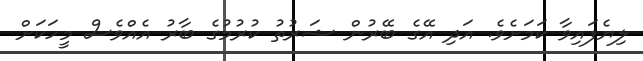
ލިޔެފައިވާ ކަމަށެވެ. އަދި އޭގެ ބޭރުން ޝަރުތު ކުރުމުގެ ބާރު އެއްވެސް މީހަކަށް